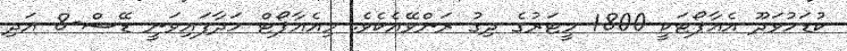
ކުޑަހުވަދޫ އެއާޕޯޓަކީ 1800 މީޓަރުގެ ދިގު ރަންވޭއެކެވެ. މިއެއާޕޯޓް ހަދާފައިވަނީ ޑޭޝް-8 އަދި